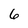
Character: 6